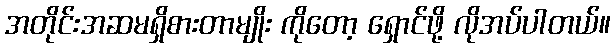
အတိုင်းအဆမရှိစားတာမျိုး ကိုတော့ ရှောင်ဖို့ လိုအပ်ပါတယ်။